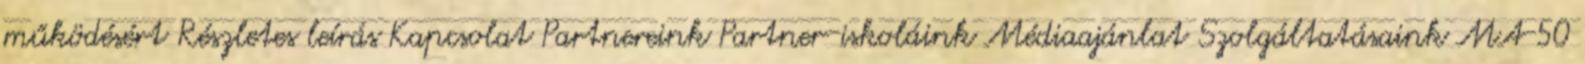
működésért Részletes leírás Kapcsolat Partnereink Partner-iskoláink Médiaajánlat Szolgáltatásaink MA-50